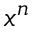
x ^ { n }